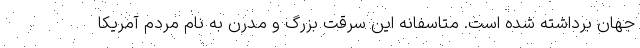
جهان برداشته شده است. متاسفانه این سرقت بزرگ و مدرن به نام مردم آمریکا